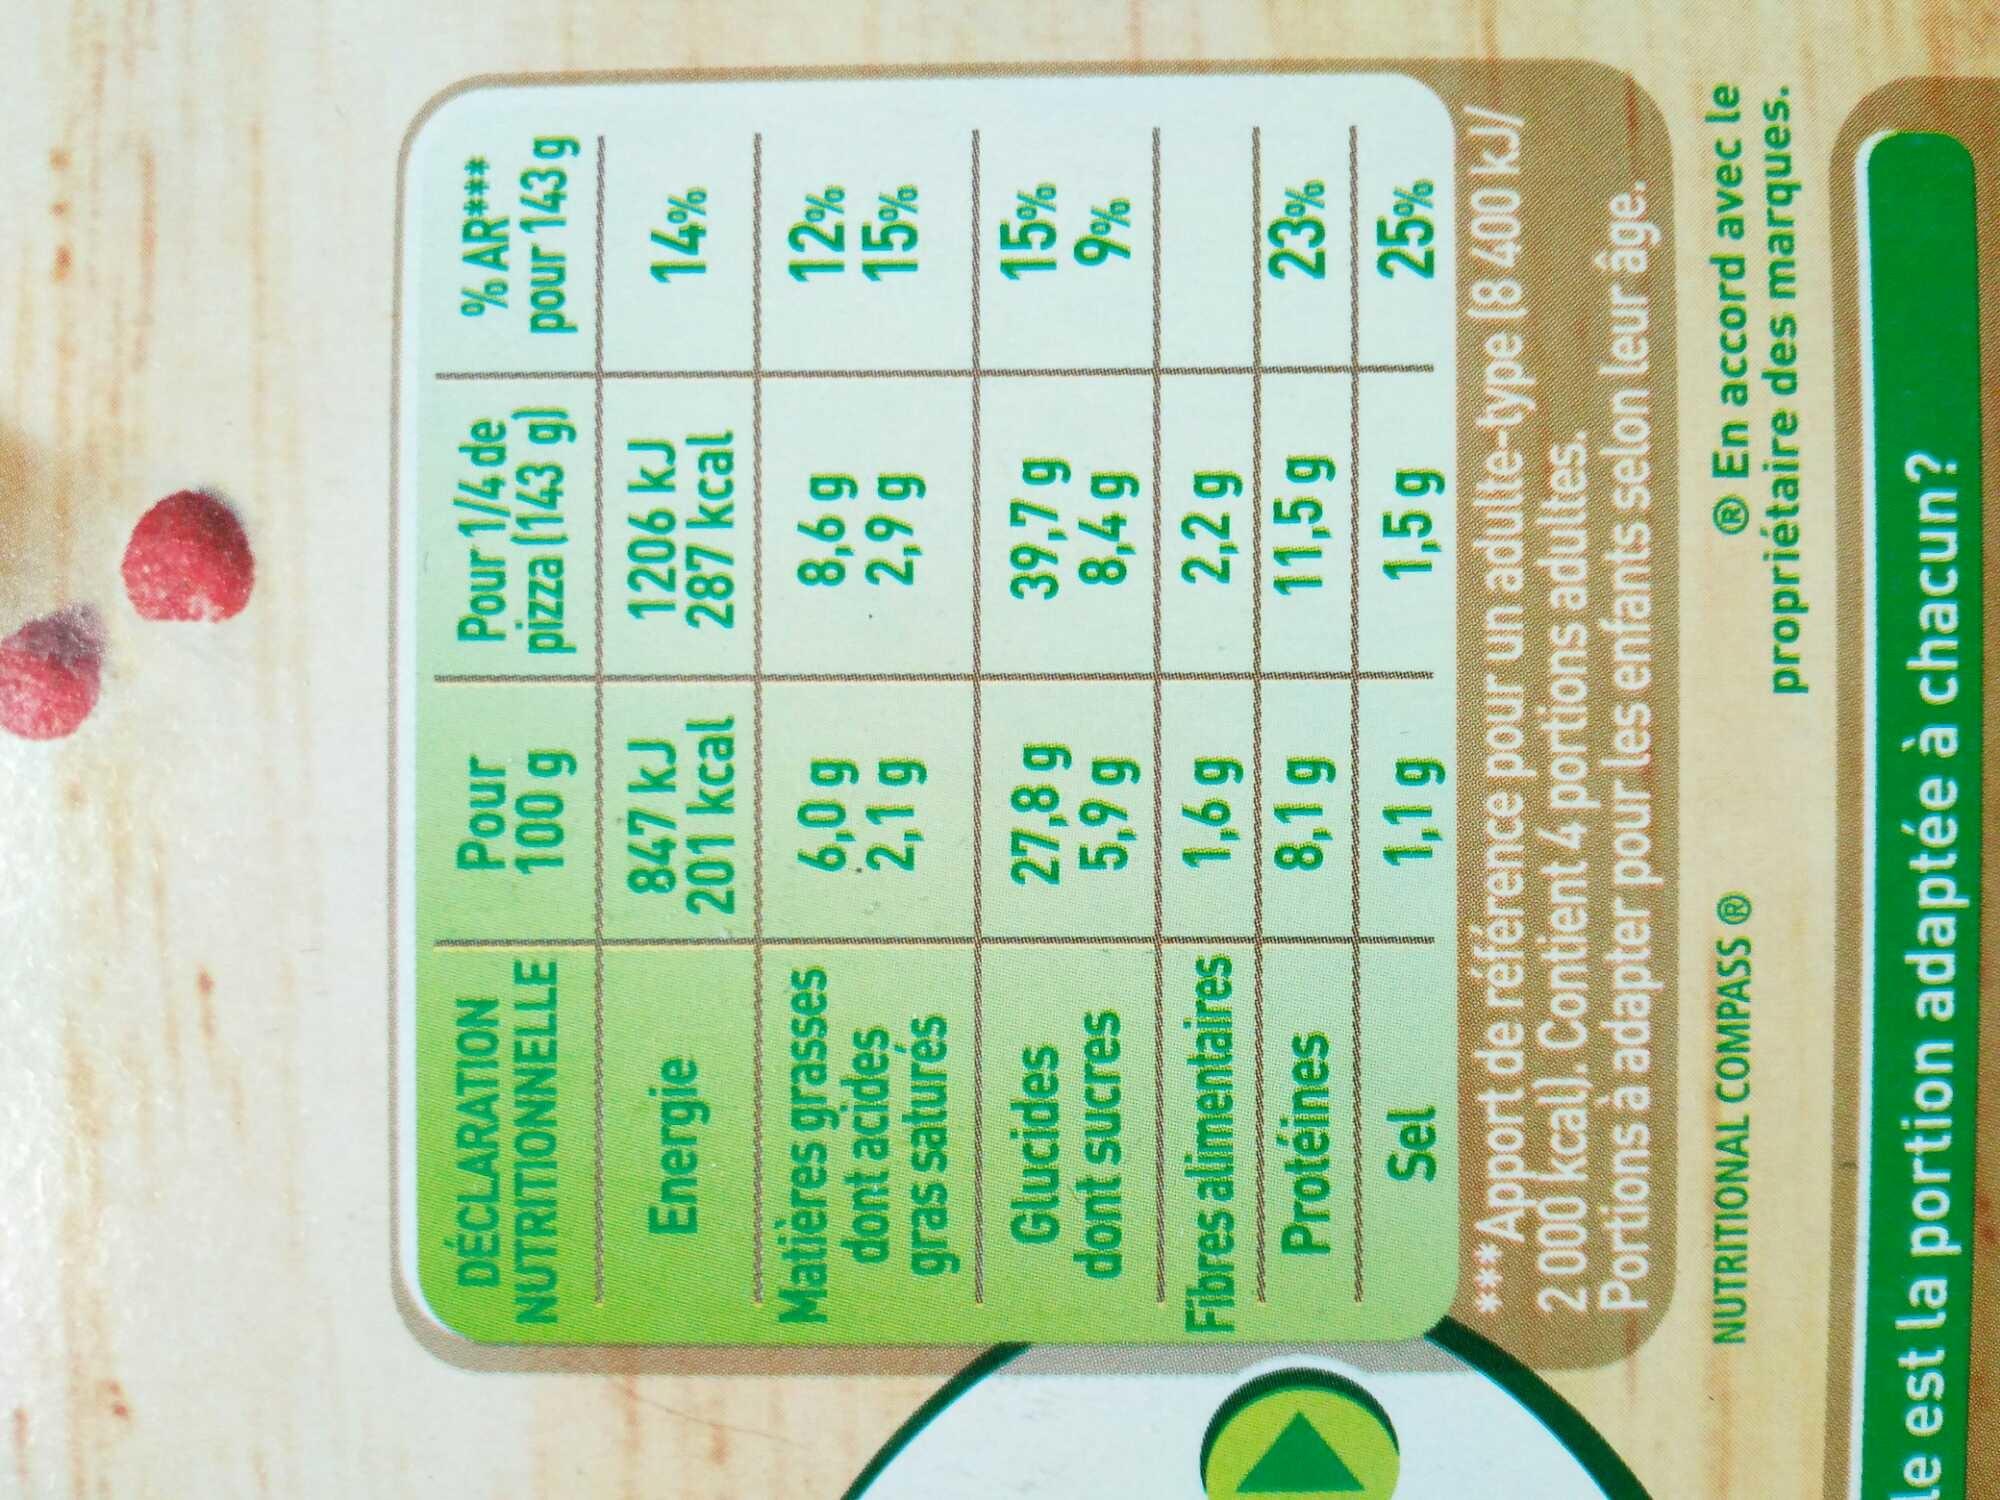
DÉCLARATION NUTRITIONNELLE
Energie
Matières grasses dont acides gras saturés
Glucides
dont sucres
Fibres alimentaires
Pour
100 g
847 kJ
201 kcal
6,0 g
2,1 g
27,8 g
5,9 g
1,6 g
8,1 g
Pour 1/4 de
pizza (143 g)
1206 kJ
287 kcal
8,6 g
2,9 g
39,7 g
8,4 g
2,2 g
11,5 g
% AR*** pour 143 g
14%
12%
15%
le est la portion adaptée à chacun?
15%
9%
Protéines
23%
Sel
1,1 g
1,5 g
25%
***Apport de référence pour un adulte-type (8 400 kJ/ 2 000 kcal). Contient 4 portions adultes. Portions à adapter pour les enfants selon leur âge.
NUTRITIONAL COMPASS Ⓡ
® En accord avec le propriétaire des marques.